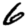
Digit: 6